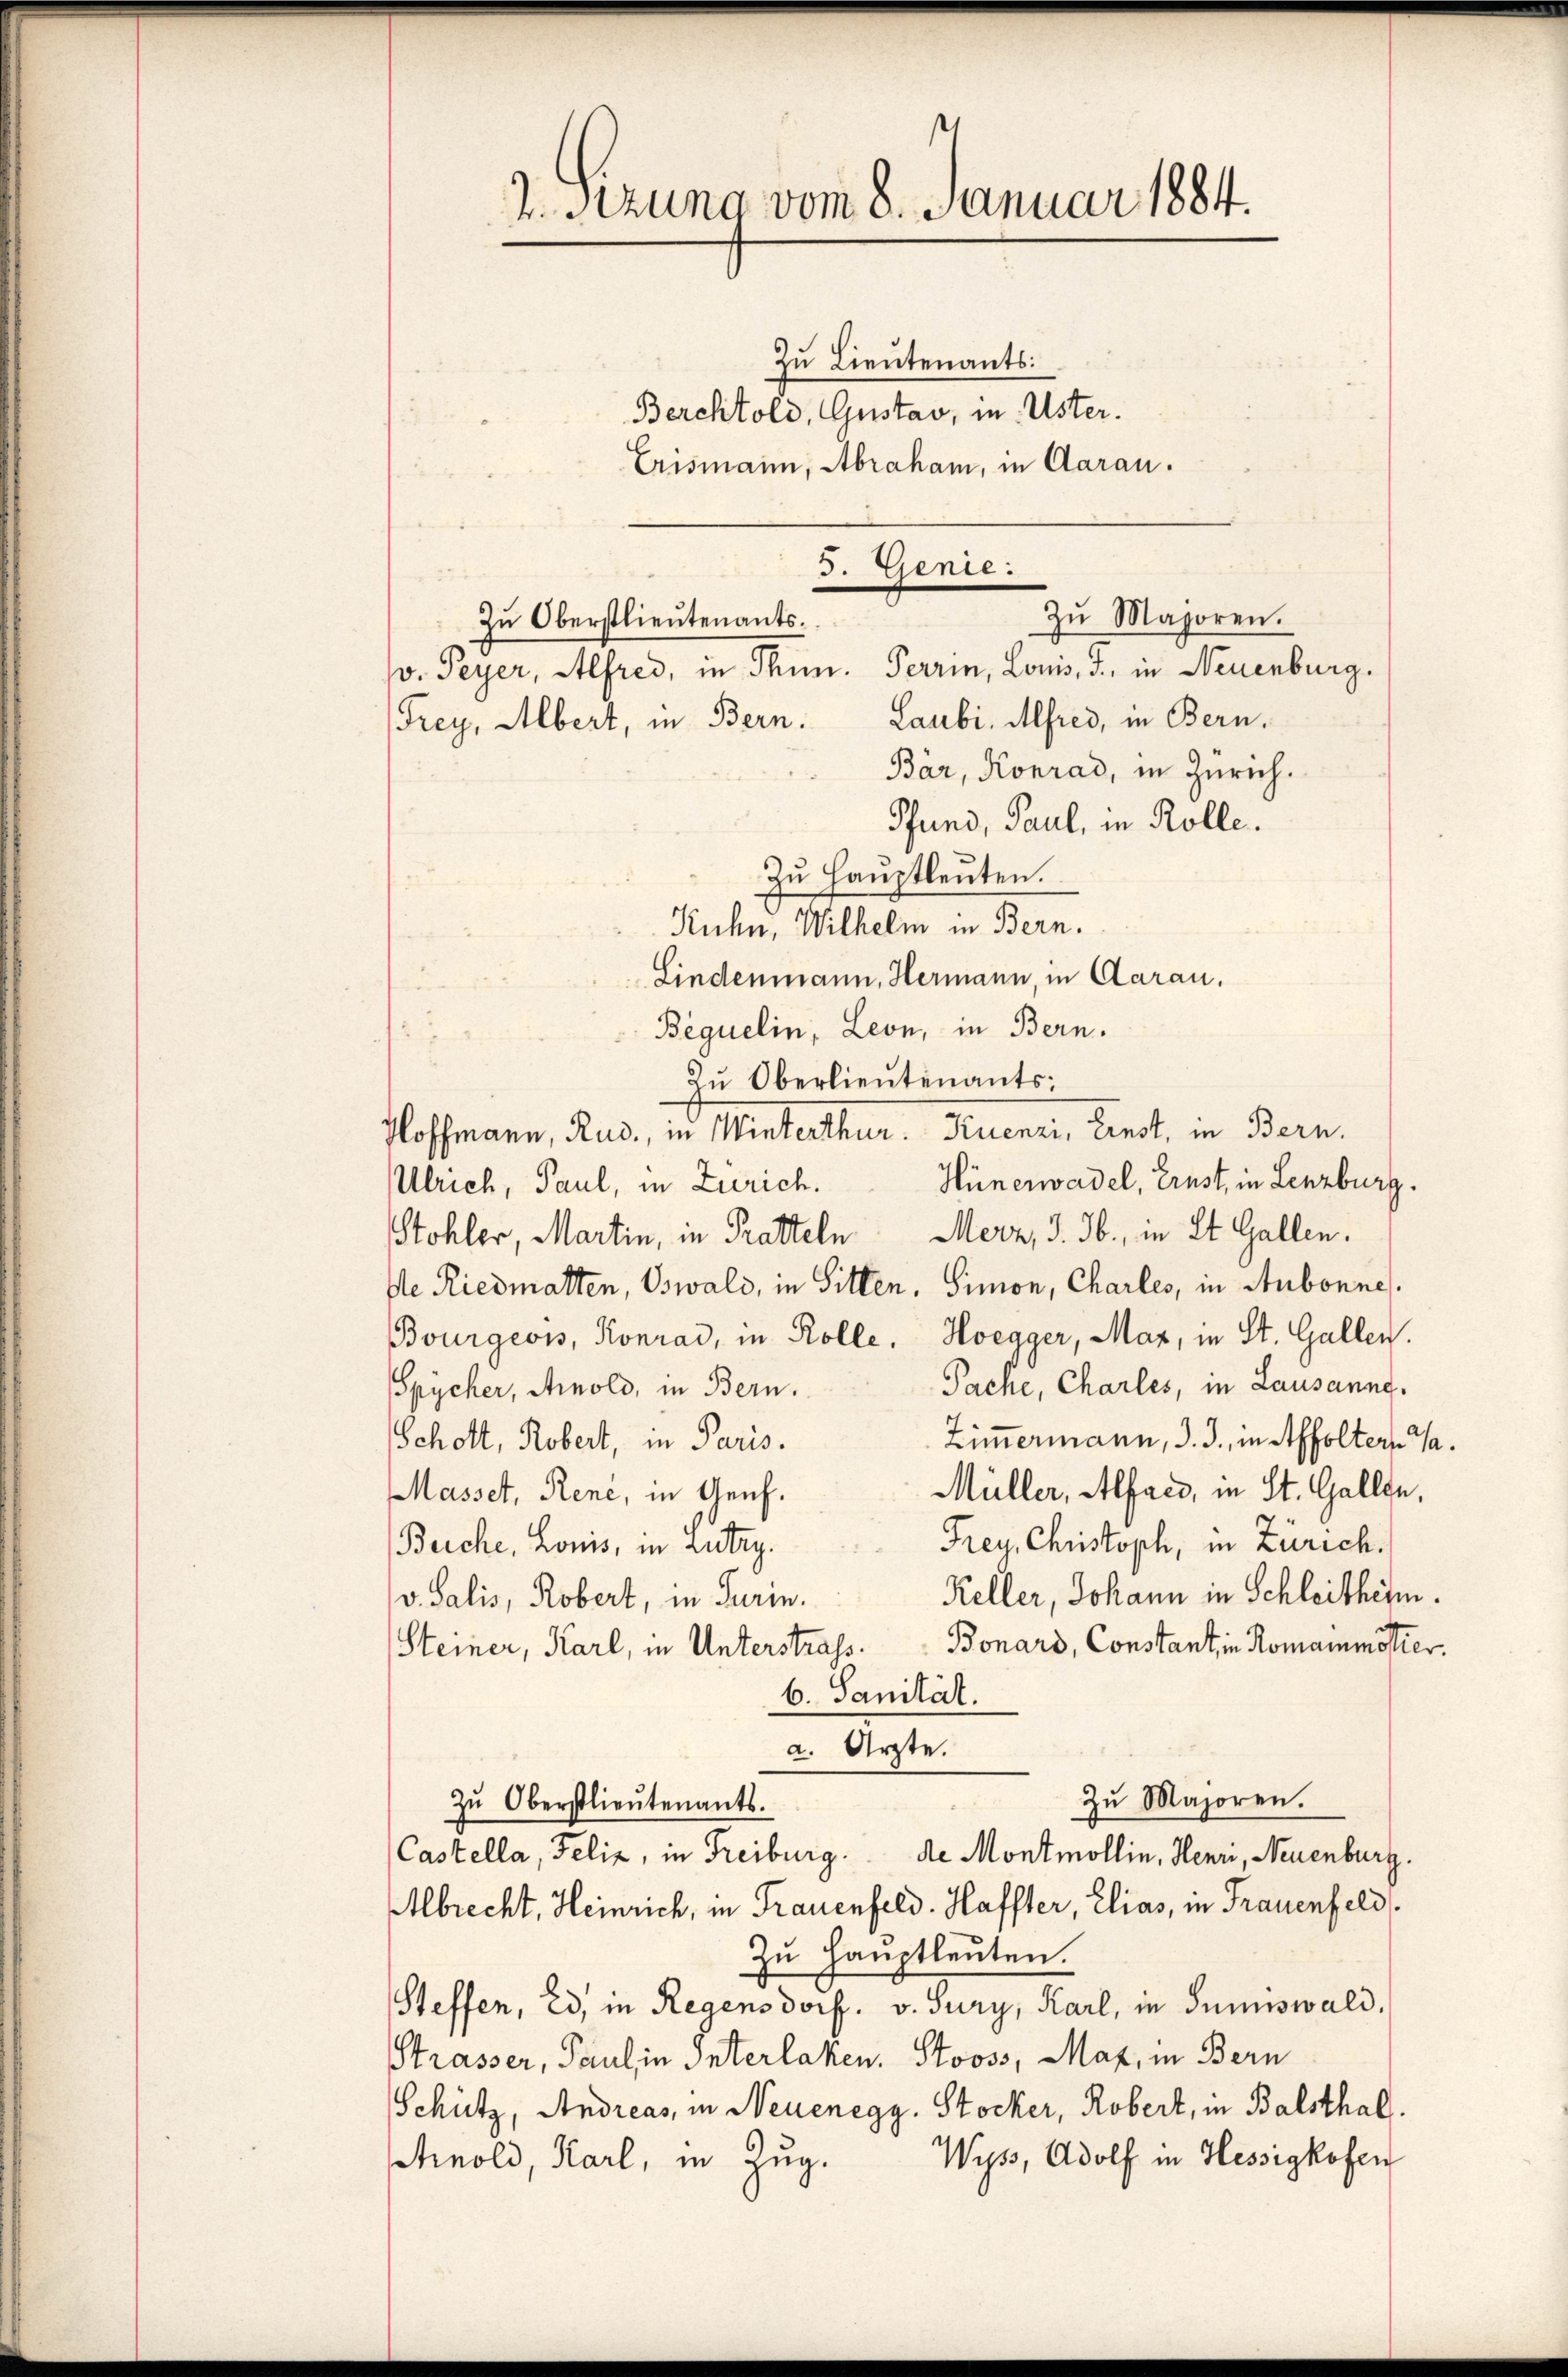
Zu Oberstlieutenants.
v. Peyer, Alfred, in Thun. Terrin, Louis, d. in Neuenburg.
Frey, Albert, in Bern. Laubi, Alfred, in Bern,
Bär, Konrad, in Zürich.
Pfund, Paul, in Rolle.
Zu Hauptleuten.
Kuhn, Wilhelm in Bern.
Lindenmann, Hermann, in Aarau.
Bequelin, Leon, in Bern.
Zu Oberlieutenants:
Hoffmann, Rud., in Winterthur. Kuenzi, Ernst, in Bern.
Hünerwadel, Ernst, in Lenzburg.
Ulrich, Paul, in Zürich.
Stohler, Martin, in Pratteln Merz, d. 3., in St. Gallen.
de Riedmatten, Oswald, in Sitten, Simon, Charles, in Aubonne.
Bourgeois, Konrad, in Rolle. Hoegger, Mar, in St. Gallen.
Pache, Charles, in Lausanne.
Spycher, Arnold, in Bern.
Zimmermann, d. J., in Affoltern Ta
Schott, Robert, in Paris.
Müller, Alfred, in St. Gallen,
Masset, Rene, in Genf.
Frey, Christoph, in Zürich.
Berche, Louis, in Lutry.
Keller, Johann in Schleitherm.
v. Salis, Robert, in Turin.
Steiner, Karl, in Unterstrass. Bonard, Constant, in Romainmötier.
6. Sanität.
a. Ärzte.
Zu Majoren.
Zŭ Oberstlieutenants.
(Castella, Felix, in Freiburg. de Montmollin, Henr, Neuenburg.
Albrecht, Heinrich, in Trauenfeld. Haffter, Elias, in Frauenfeld
Zu Hauptleuten.
Steffen, Ed, in Regensdorf. v. Sury, Karl, in Sumiswald,
Strasser, Paul in Interlaken. Stooss, Maz, in Bern
Schütz, Andreas, in Neuenegg, Stocker, Robert, in Balsthal.
Wyss, Adolf in Hessigkofen
hinold, Karl, in Zug.

2. Sitzung vom 8. Januar 1884.
Zu Lieutenants:
Berchtold, Gustav, in Uster.
Erismann, Abraham, in Aarau.

3. Genie.
Zŭ Majoren.